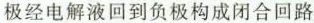
极经电解液回到负极构成闭合回路